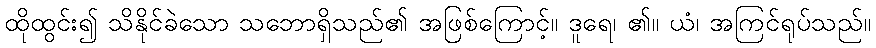
ထိုထွင်း၍ သိနိုင်ခဲသော သဘောရှိသည်၏ အဖြစ်ကြောင့်။ ဒူရေ၊ ၏။ ယံ၊ အကြင်ရုပ်သည်။